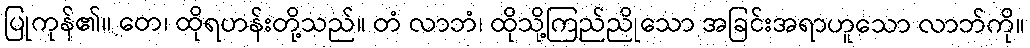
ပြုကုန်၏။ တေ၊ ထိုရဟန်းတို့သည်။ တံ လာဘံ၊ ထိုသို့ကြည်ညိုသော အခြင်းအရာဟူသော လာဘ်ကို။